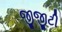
જીજીટી